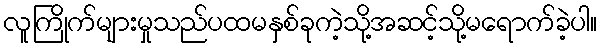
လူကြိုက်များမှုသည်ပထမနှစ်ခုကဲ့သို့အဆင့်သို့မရောက်ခဲ့ပါ။